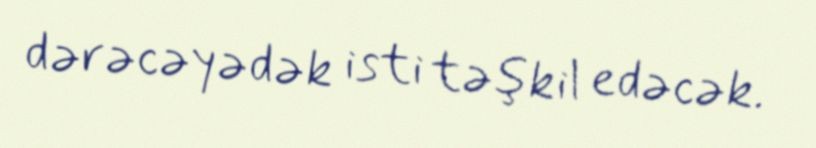
dərəcəyədək isti təşkil edəcək.